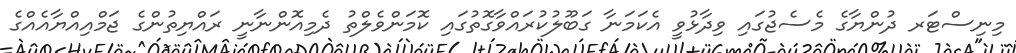
މިނިސްޓަރ ދުންޔާގެ މެސެޖުގައި ވިދާޅުވީ އެކަމަނާ ގަބޫލުކުރައްވާގޮތުގައި ކޮމަންވެލްތު ދެމިއޮންނާނީ ރައްޔިތުންގެ ޖަމްއިއްޔާއެއްގެ